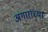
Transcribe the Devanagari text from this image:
अंगाराच्या